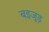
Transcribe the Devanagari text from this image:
बइजूड़